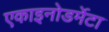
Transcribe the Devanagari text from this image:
एकाइनोडर्मेटा